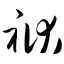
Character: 袱